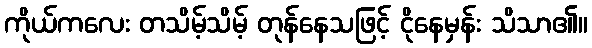
ကိုယ်ကလေး တသိမ့်သိမ့် တုန်နေသဖြင့် ငိုနေမှန်း သိသာ၏။